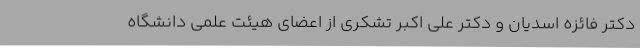
دکتر فائزه اسدیان و دکتر علی اکبر تشکری از اعضای هیئت علمی دانشگاه